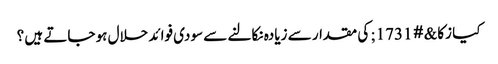
کیا زکا&#1731; کی مقدار سے زیادہ نکالنے سے سودی فوائد حلال ہو جاتے ہیں ؟